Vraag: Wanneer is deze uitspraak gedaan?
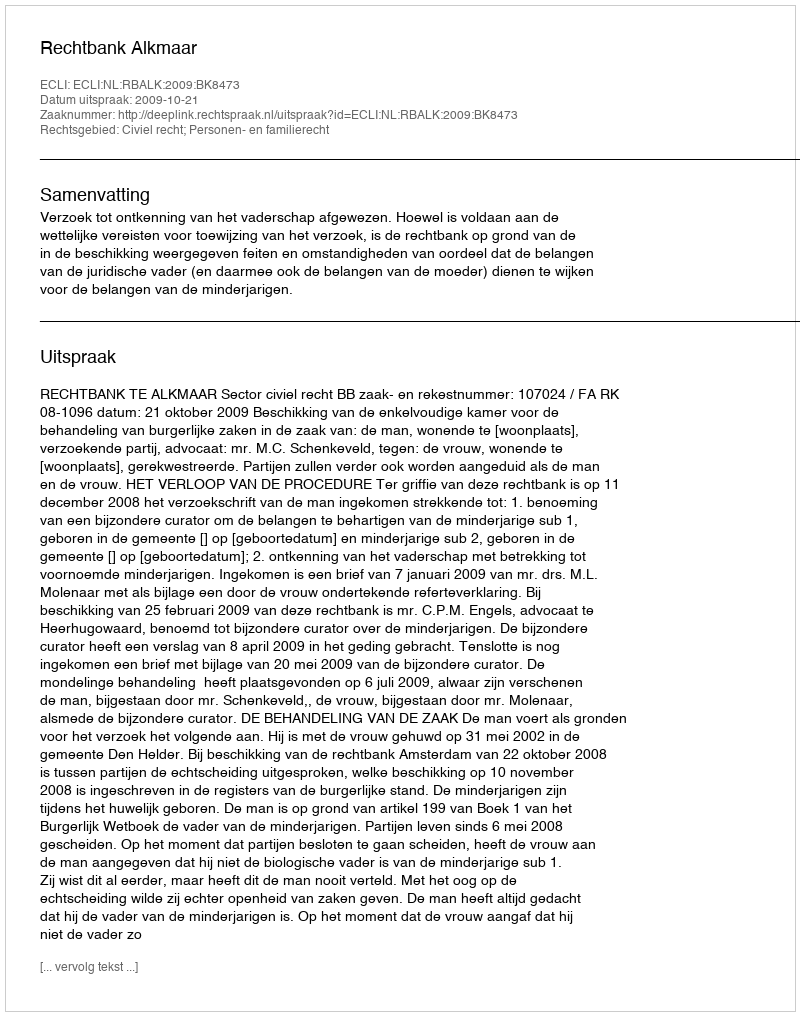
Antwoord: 2009-10-21